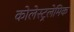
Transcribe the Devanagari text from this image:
कोलेस्ट्रलेमिक